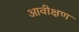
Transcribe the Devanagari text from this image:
आवीक्षण